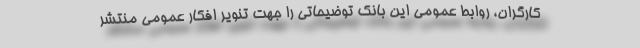
کارگران، روابط عمومی این بانک توضیحاتی را جهت تنویر افکار عمومی منتشر